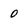
Character: 0